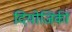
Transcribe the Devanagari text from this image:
दियोजिकी